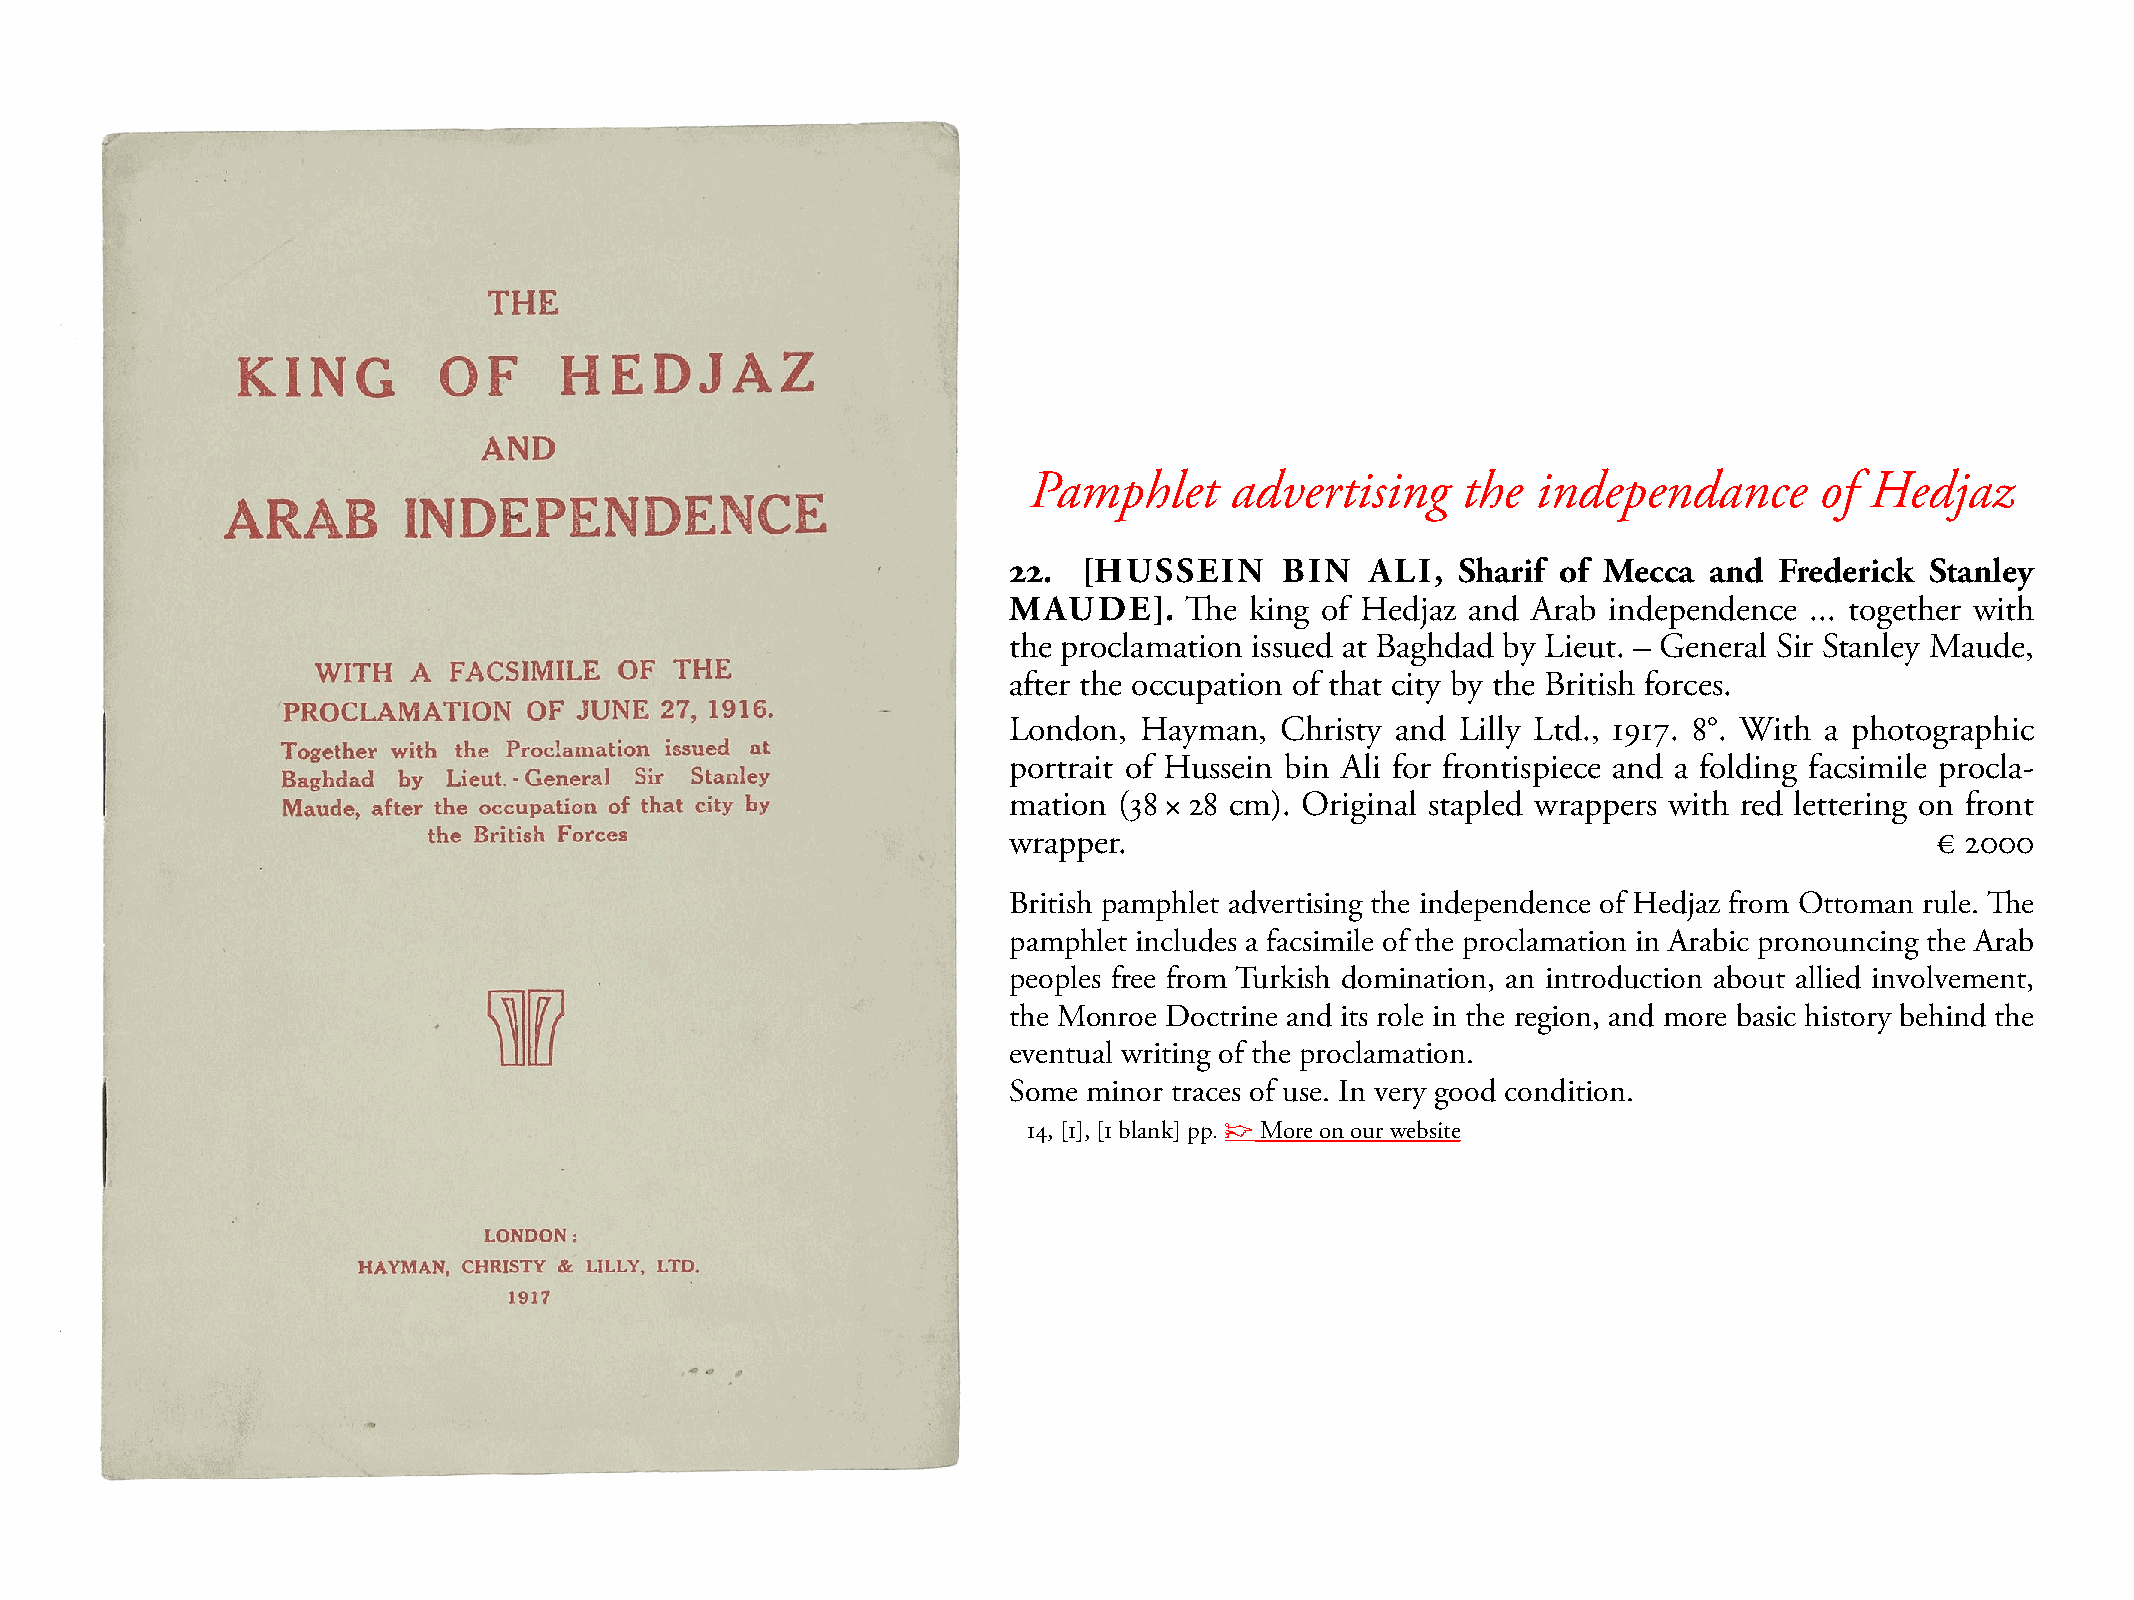
Pamphlet     advertising     the  independance      of  Hedjaz
 22.  [HUSSEIN     BIN   ALI,  Sharif of Mecca and  Frederick Stanley
 MAUDE].     The king of Hedjaz and Arab independence ... together with
 the proclamation issued at Baghdad by Lieut. – General sir stanley maude,
 after the occupation of that city by the British forces.
 London, Hayman,   Christy and Lilly Ltd., 1917. 8°. With a photographic
 portrait of Hussein bin Ali for frontispiece and a folding facsimile procla-
 mation (38 × 28 cm). Original stapled wrappers with red lettering on front
 wrapper.                                                     € 2000
 British pamphlet advertising the independence of Hedjaz from Ottoman rule. The
 pamphlet includes a facsimile of the proclamation in Arabic pronouncing the Arab
 peoples free from Turkish domination, an introduction about allied involvement,
 the monroe Doctrine and its role in the region, and more basic history behind the
 eventual writing of the proclamation.
 some minor traces of use. In very good condition.
 14, [1], [1 blank] pp. ☞ more on our website